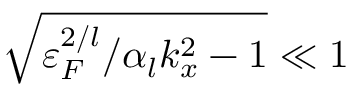
\sqrt { \varepsilon _ { F } ^ { 2 / l } / \alpha _ { l } k _ { x } ^ { 2 } - 1 } \ll 1